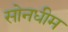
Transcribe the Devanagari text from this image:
सोनधीम